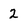
Character: 2